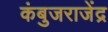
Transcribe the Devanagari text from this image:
कंबुजराजेंद्र